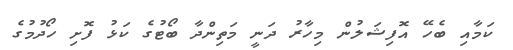
ކަމާއި ބެހޭ އޮފިޝަލުން މިހާރު ދަނީ މަތިންދާ ބޯޓުގެ ކަޅު ފޮށި ހޯދުމުގެ